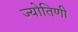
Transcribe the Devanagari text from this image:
ज्योतिणी